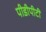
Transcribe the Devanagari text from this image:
पीडीपीटी